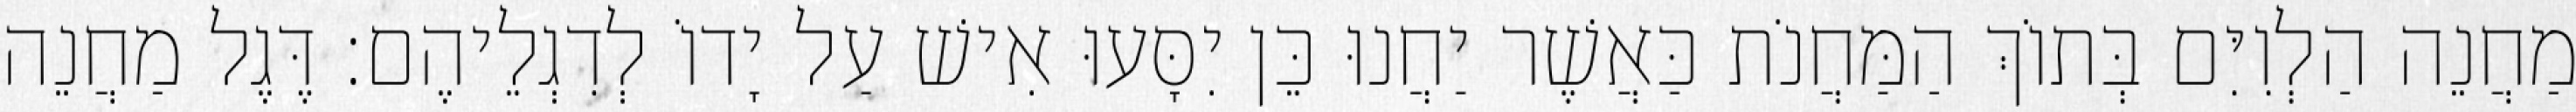
מַחֲנֵה הַלְוִיִּם בְּתוֹךְ הַמַּחֲנֹת כַּאֲשֶׁר יַחֲנוּ כֵּן יִסָּעוּ אִישׁ עַל יָדוֹ לְדִגְלֵיהֶם׃ דֶּגֶל מַחֲנֵה